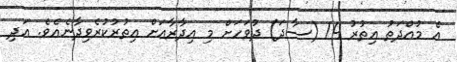
އެ މުއްދަތު އިތުރު 14 (ސާދަ) ދުވަހަށް މި އިދާރާއަށް އިތުރުކުރެވިދާނެއެވެ. އަދި